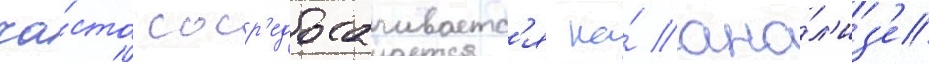
ча́сто соср'едотачиваетс'я на́ ана́л'из'е